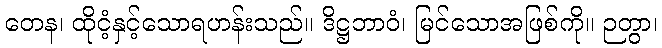
တေန၊ ထိုငံ့နှင့်သောရဟန်းသည်။ ဒိဋ္ဌဘာဝံ၊ မြင်သောအဖြစ်ကို။ ဉတွာ၊